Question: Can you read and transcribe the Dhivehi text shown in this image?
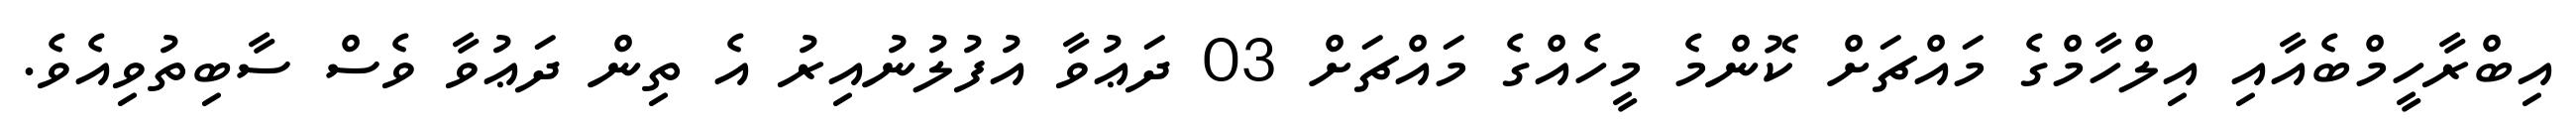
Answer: އިބްރާހީމްބެއާއި އިލްހާމްގެ މައްޗަށް ކޮންމެ މީހެއްގެ މައްޗަށް 03 ދަޢުވާ އުފުލުނުއިރު އެ ތިން ދަޢުވާ ވެސް ސާބިތުވިއެވެ.